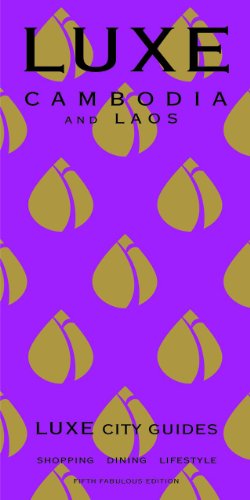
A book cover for LUXE Cambodia & Laos (Luxe City Guides); LUXE City Guides; Travel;